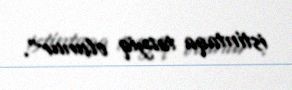
istintaqa təzyiq olunur”.